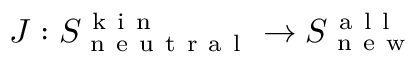
J : S _ { \mathrm { ~ n ~ e ~ u ~ t ~ r ~ a ~ l ~ } } ^ { \mathrm { ~ k ~ i ~ n ~ } } \to S _ { \mathrm { ~ n ~ e ~ w ~ } } ^ { \mathrm { ~ a ~ l ~ l ~ } }